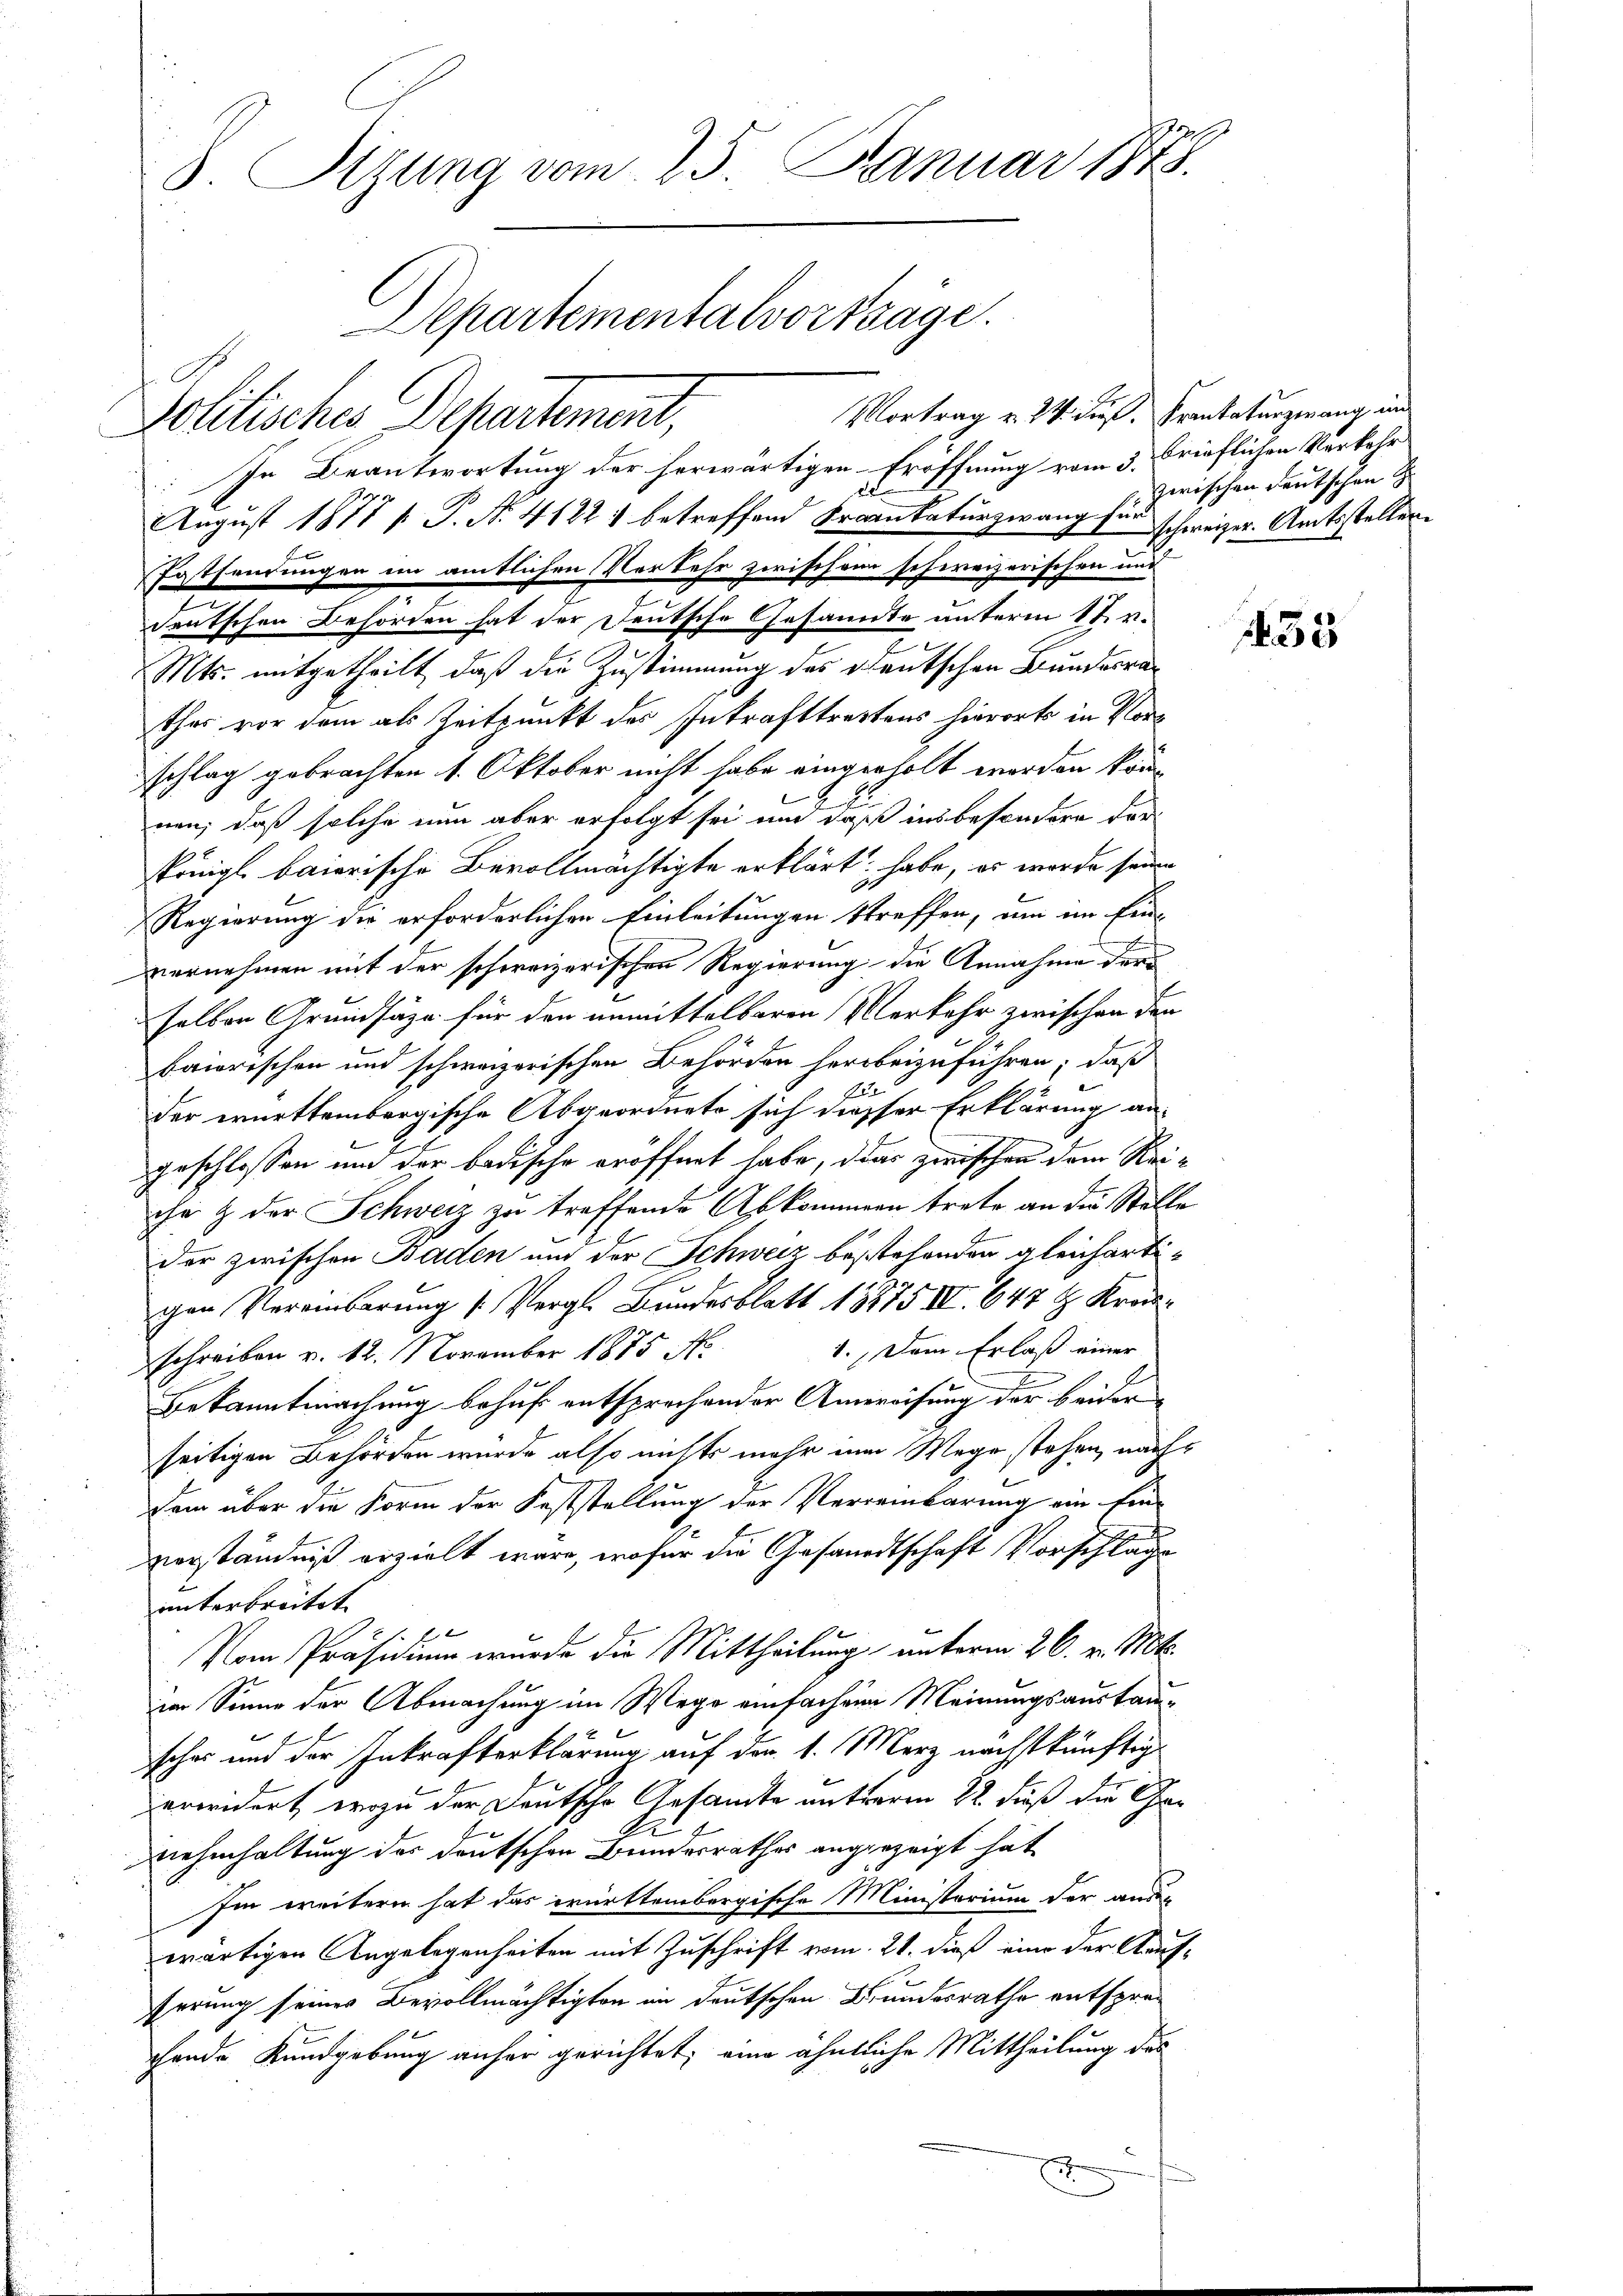
a
8 Sizung vom 25. Januar 1873.
Departementalvortsäge.

Politisches Departement,
In Beantwortung der herwärtigen Eröffnung vom 3. Brieflichen Verkehr
2
August 1877 [ P. Nr. 4122) betreffend Krankaturzwang für schweizer. Amtsstellen¬
Festsendungen im amtlichen Verkehr zwischen schweizerischen und
deutschen Behörden hat der Deutsche Gesannte unterm 1t v.
Mts. mitgetheilt, daß die Zustimmung des Deutschen Bundesrat
thes vor dem als Zeitpunkt des Inkrafttrettens hierorts in Vors
schlag gebrachten 1. Oktober nicht habe eingerholt worden können, daß solche nun aber erfolgt sei und daß insbesondere derkönigl. baierische Bevollmächtigte erklärt habe, er wurde seine
Regierung die erforderlichen Einleitungen streffen, um im Einvernehmen mit der schweizerischen Regierung die Annahme dere
selben Grundsäze für den unmittelbaren Verkehr zwischen den
baiorischen und schweizerischen Behörden herbeizuführen; daß
Nete
der württembergische Abgeordnete sich diesser Erklärung ane
geschlossen und der badische eröffnet habe, das zwischen dem Reiche & der Schweiz zu treffende Abkommern trete an die Stelle
der zwischen Baden um der Schweiz bestehenden gleichartigen Vereinbarung (Vergl. Bundesblatt 18875 IV 647 t Kran¬
1. Dem Erlaß einer
schreiben v. 12. November 1875 N.
Bekanntmachung behuf entsprechender Angereisung der beider
seitigen Behörden wurde also nichts mehr in Wege stehen, nachdem über die Form der Feststellung der Verreinbarung ein Ein-
verständniß erzielt wäre, wofür die Gesandtschaft Vorschläge
unterbreitet.
Vom Präsidium wurde die Mittheilung unterm 26. v. Mts.
im Sinne der Abmachung im Wege einfachen Meinungsaustauscher und der Inkrafterklärung auf den 1. Merz nächstkünftig
erwidert, wozu der Deutsche Gesamte entweren 22. dieß die Genehmhaltung der deutschen Bundesrathes angezeigt hat
Im weitern hat das württembergische Ministerium der ander
wärtigen Angelegenheiten mit Zuschrift vom 21. dieß eine der Kaufferung seines Bevollmächtigten in deutschen Bundesrathe entsprechende Kundgebung anher gerichtet; eine ähntliche Mittheilung des
d

Vortrag v. 24. dieß. Krankaturzwang und

zwischen Deutschen G

33